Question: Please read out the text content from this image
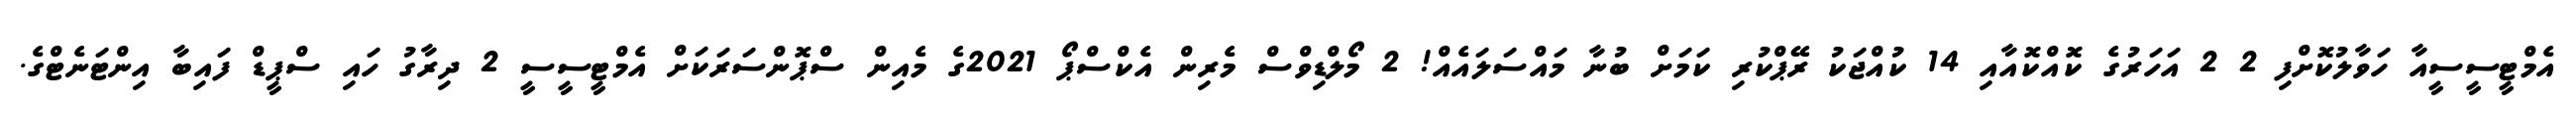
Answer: އެމްޓީސީސީއާ ހަވާލުކޮށްފި 2 2 އަހަރުގެ ކޮއްކޮއާއި 14 ކުއްޖަކު ރޭޕްކުރި ކަމަށް ބުނާ މައްސަލައެއް! 2 މޯލްޑިވްސް މެރިން އެކްސްޕޯ 2021ގެ މެއިން ސްޕޮންސަރަކަށް އެމްޓީސީސީ 2 ދިރާގު ހައި ސްޕީޑް ފައިބާ އިންޓަނެޓްގެ.